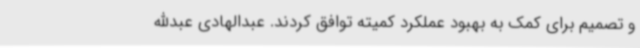
و تصمیم برای کمک به بهبود عملکرد کمیته توافق کردند. عبدالهادی عبدالله